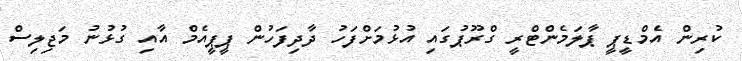
ކުރިން އެމްޑީޕީ ޕާލަމެންޓްރީ ގްރޫޕުގައި އުޅުމަށްފަހު ދާދިފަހުން ޕީޕީއެމް އާއި ގުޅުނު މަޖިލިސް